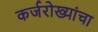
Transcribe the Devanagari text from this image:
कर्जरोख्यांचा